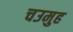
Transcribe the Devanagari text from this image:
चउमुह